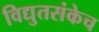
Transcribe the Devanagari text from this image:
विद्युतसंकेच